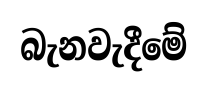
බැනවැදීමේ